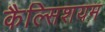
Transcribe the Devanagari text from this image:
कैल्सिशयम